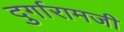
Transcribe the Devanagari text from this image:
दुर्गारामजी